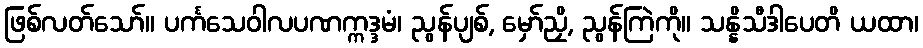
ဖြစ်လတ်သော်။ ပင်္ကသေဝါလပဏက္ကဒ္ဒမံ၊ ညွန်ပျစ်, မှော်ညှိ, ညွန်ကြဲကို။ သန္နိသီဒါပေတိ ယထာ၊